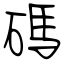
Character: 碼